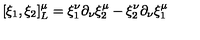
[ \xi _ { 1 } , \xi _ { 2 } ] _ { L } ^ { \mu } = \xi _ { 1 } ^ { \nu } \partial _ { \nu } \xi _ { 2 } ^ { \mu } - \xi _ { 2 } ^ { \nu } \partial _ { \nu } \xi _ { 1 } ^ { \mu }